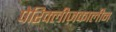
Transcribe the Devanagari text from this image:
पेरिक्लीज़कालीन